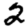
Digit: 2